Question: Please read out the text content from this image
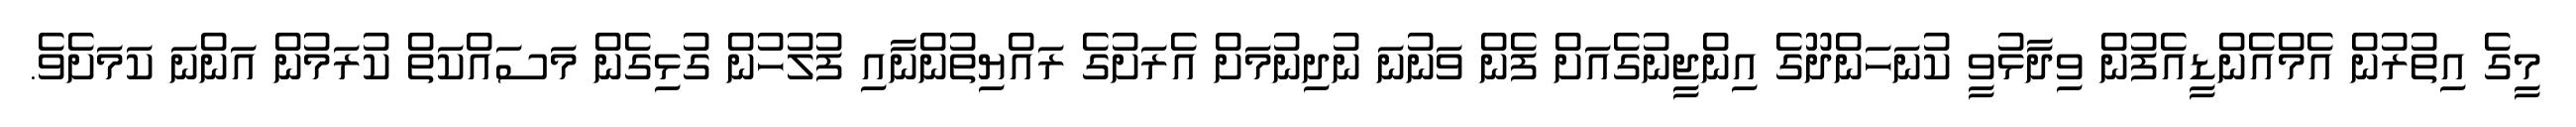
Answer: މީގެ އިތުރުން އެމްއެންޑީއެފުން ވިދާޅުވީ ކުނަހަންދޫގެ އިންޖީނުގެއަށް ފެން ވަނުނަ ނުދިނުމަށް އެރަށުގެ ރައްޔިތުންނާއި ފުލުހުން ގުޅިގެން މަސައްކަތް ކުރަމުން އަންނަ ކަމަށެވެ.